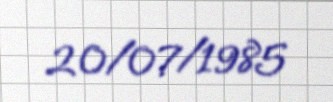
20/07/1985